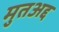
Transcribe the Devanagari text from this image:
मुतअद्द